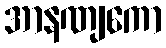
အာနဏျကော